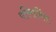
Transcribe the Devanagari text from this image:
परिमार्नित